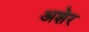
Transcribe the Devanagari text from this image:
अशेर